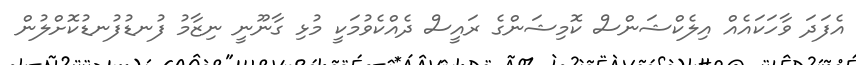
އެފަދަ ވާހަކައެއް އިލެކްޝަންސް ކޮމިޝަންގެ ރައީސް ދެއްކެވުމަކީ މުޅި ގާނޫނީ ނިޒާމު ފުނޑުފުނޑުކޮށްލުން